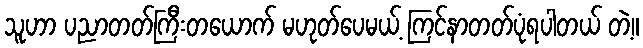
သူဟာ ပညာတတ်ကြီးတယောက် မဟုတ်ပေမယ့် ကြင်နာတတ်ပုံရပါတယ် တဲ့။